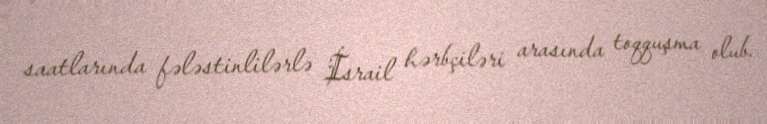
saatlarında fələstinlilərlə İsrail hərbçiləri arasında toqquşma olub.